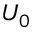
U _ { 0 }